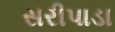
સરીપાડા